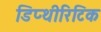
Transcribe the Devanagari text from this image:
डिप्थीरिटिक